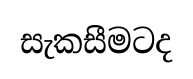
සැකසීමටද